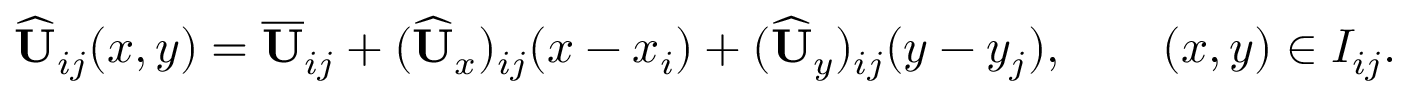
\widehat { \mathbf { U } } _ { i j } ( x , y ) = \overline { { \mathbf { U } } } _ { i j } + ( \widehat { \mathbf { U } } _ { x } ) _ { i j } ( x - x _ { i } ) + ( \widehat { \mathbf { U } } _ { y } ) _ { i j } ( y - y _ { j } ) , \qquad ( x , y ) \in I _ { i j } .